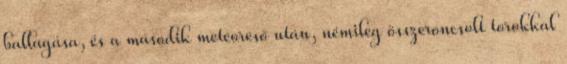
ballagása, és a második meteoresõ után, némileg összeroncsolt torokkal